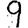
Digit: 9